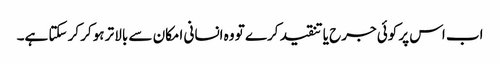
اب اس پر کوئی جرح یا تنقید کرے تو وہ انسانی امکان سے بالا تر ہوکر کر سکتا ہے۔